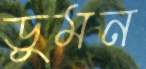
ডুমন